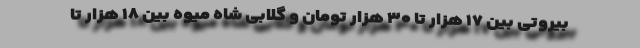
بیروتی بین ۱۷ هزار تا ۳۰ هزار تومان و گلابی شاه میوه بین ۱۸ هزار تا